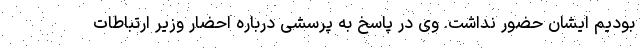
بودیم ایشان حضور نداشت. وی در پاسخ به پرسشی درباره احضار وزیر ارتباطات